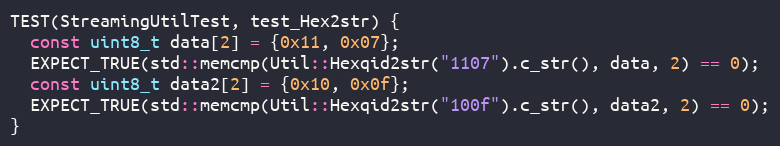
Language: C++
TEST(StreamingUtilTest, test_Hex2str) {
  const uint8_t data[2] = {0x11, 0x07};
  EXPECT_TRUE(std::memcmp(Util::Hexqid2str("1107").c_str(), data, 2) == 0);
  const uint8_t data2[2] = {0x10, 0x0f};
  EXPECT_TRUE(std::memcmp(Util::Hexqid2str("100f").c_str(), data2, 2) == 0);
}